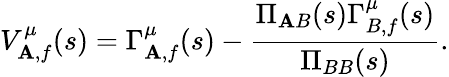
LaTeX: V_{\mathbf{A},f}^{\mu}(s)=\Gamma_{\mathbf{A},f}^{\mu}(s)-{\frac{{\Pi_{\mathbf{A}B}(s)\Gamma_{B,f}^{\mu}(s)}}{{\Pi_{BB}(s)}}}.